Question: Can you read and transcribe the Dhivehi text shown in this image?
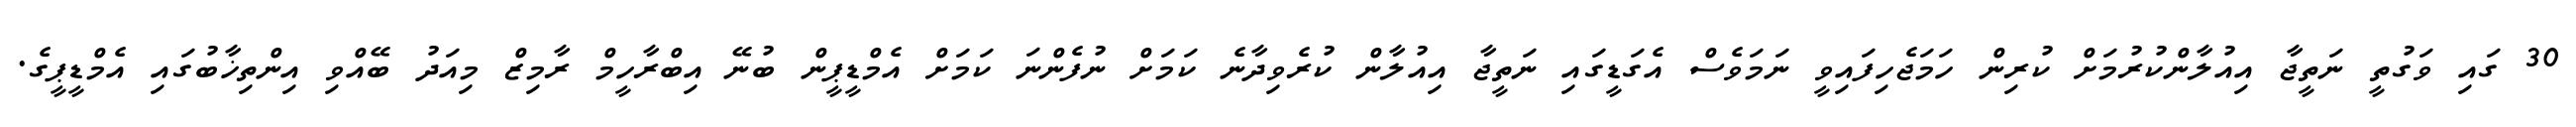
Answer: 30 ގައި ވަގުތީ ނަތީޖާ އިއުލާންކުރުމަށް ކުރިން ހަމަޖެހިފައިވީ ނަމަވެސް އެގަޑީގައި ނަތީޖާ އިއުލާން ކުރެވިދާނެ ކަމަށް ނުފެންނަ ކަމަށް އެމްޑީޕީން ބުނޭ އިބްރާހީމް ރާމިޒް މިއަދު ބޭއްވި އިންތިޚާބުގައި އެމްޑީޕީގެ.